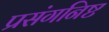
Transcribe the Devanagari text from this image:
प्रसंगनिष्ट